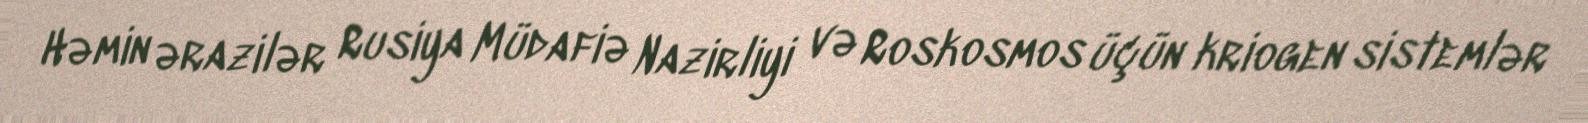
Həmin ərazilər Rusiya Müdafiə Nazirliyi və Roskosmos üçün kriogen sistemlər